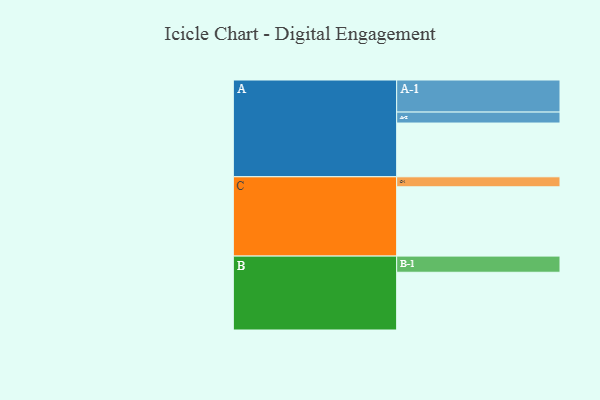
{"axis": {"x": "Segment", "y": "Value"}, "legend": ["", "A", "B", "C"], "data": [{"x": "A", "y": 446, "type": ""}, {"x": "B", "y": 479, "type": ""}, {"x": "C", "y": 575, "type": ""}, {"x": "A-1", "y": 266, "type": "A"}, {"x": "A-2", "y": 91, "type": "A"}, {"x": "B-1", "y": 134, "type": "B"}, {"x": "C-1", "y": 83, "type": "C"}]}